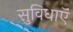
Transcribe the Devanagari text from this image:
सुविधाऍं